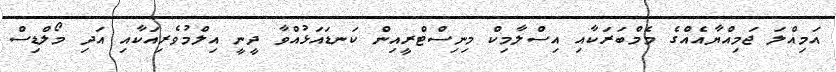
އަމިއްލަ ޖަމިއްޔާއެއްގެ މެމްބަރަކާއި އިސްލާމިކް މިނިސްޓްރީއިން ކަނޑައަޅުއްވާ ދީނީ އިލްމުވެރިއަކާއި އަދި މޯލްޑިސް